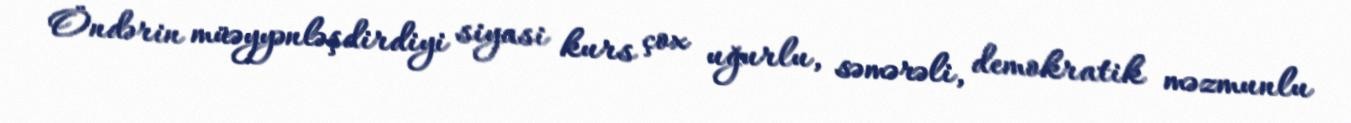
Öndərin müəyyənləşdirdiyi siyasi kurs çox uğurlu, səmərəli, demokratik məzmunlu